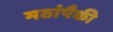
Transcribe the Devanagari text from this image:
मठांपैकी